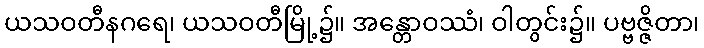
ယသဝတီနဂရေ၊ ယသဝတီမြို့၌။ အန္တောဝဿံ၊ ဝါတွင်း၌။ ပဗ္ဗဇ္ဇိတာ၊